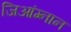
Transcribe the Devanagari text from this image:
जिआंग्नान